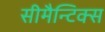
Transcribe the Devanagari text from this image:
सीमैन्टिक्स